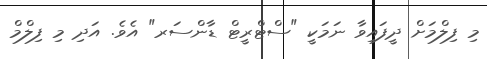
މި ފިލްމަށް ދީފައިވާ ނަމަކީ "ސްޓްރީޓް ޑާންސަރ" އެވެ. އަދި މި ފިލްމް